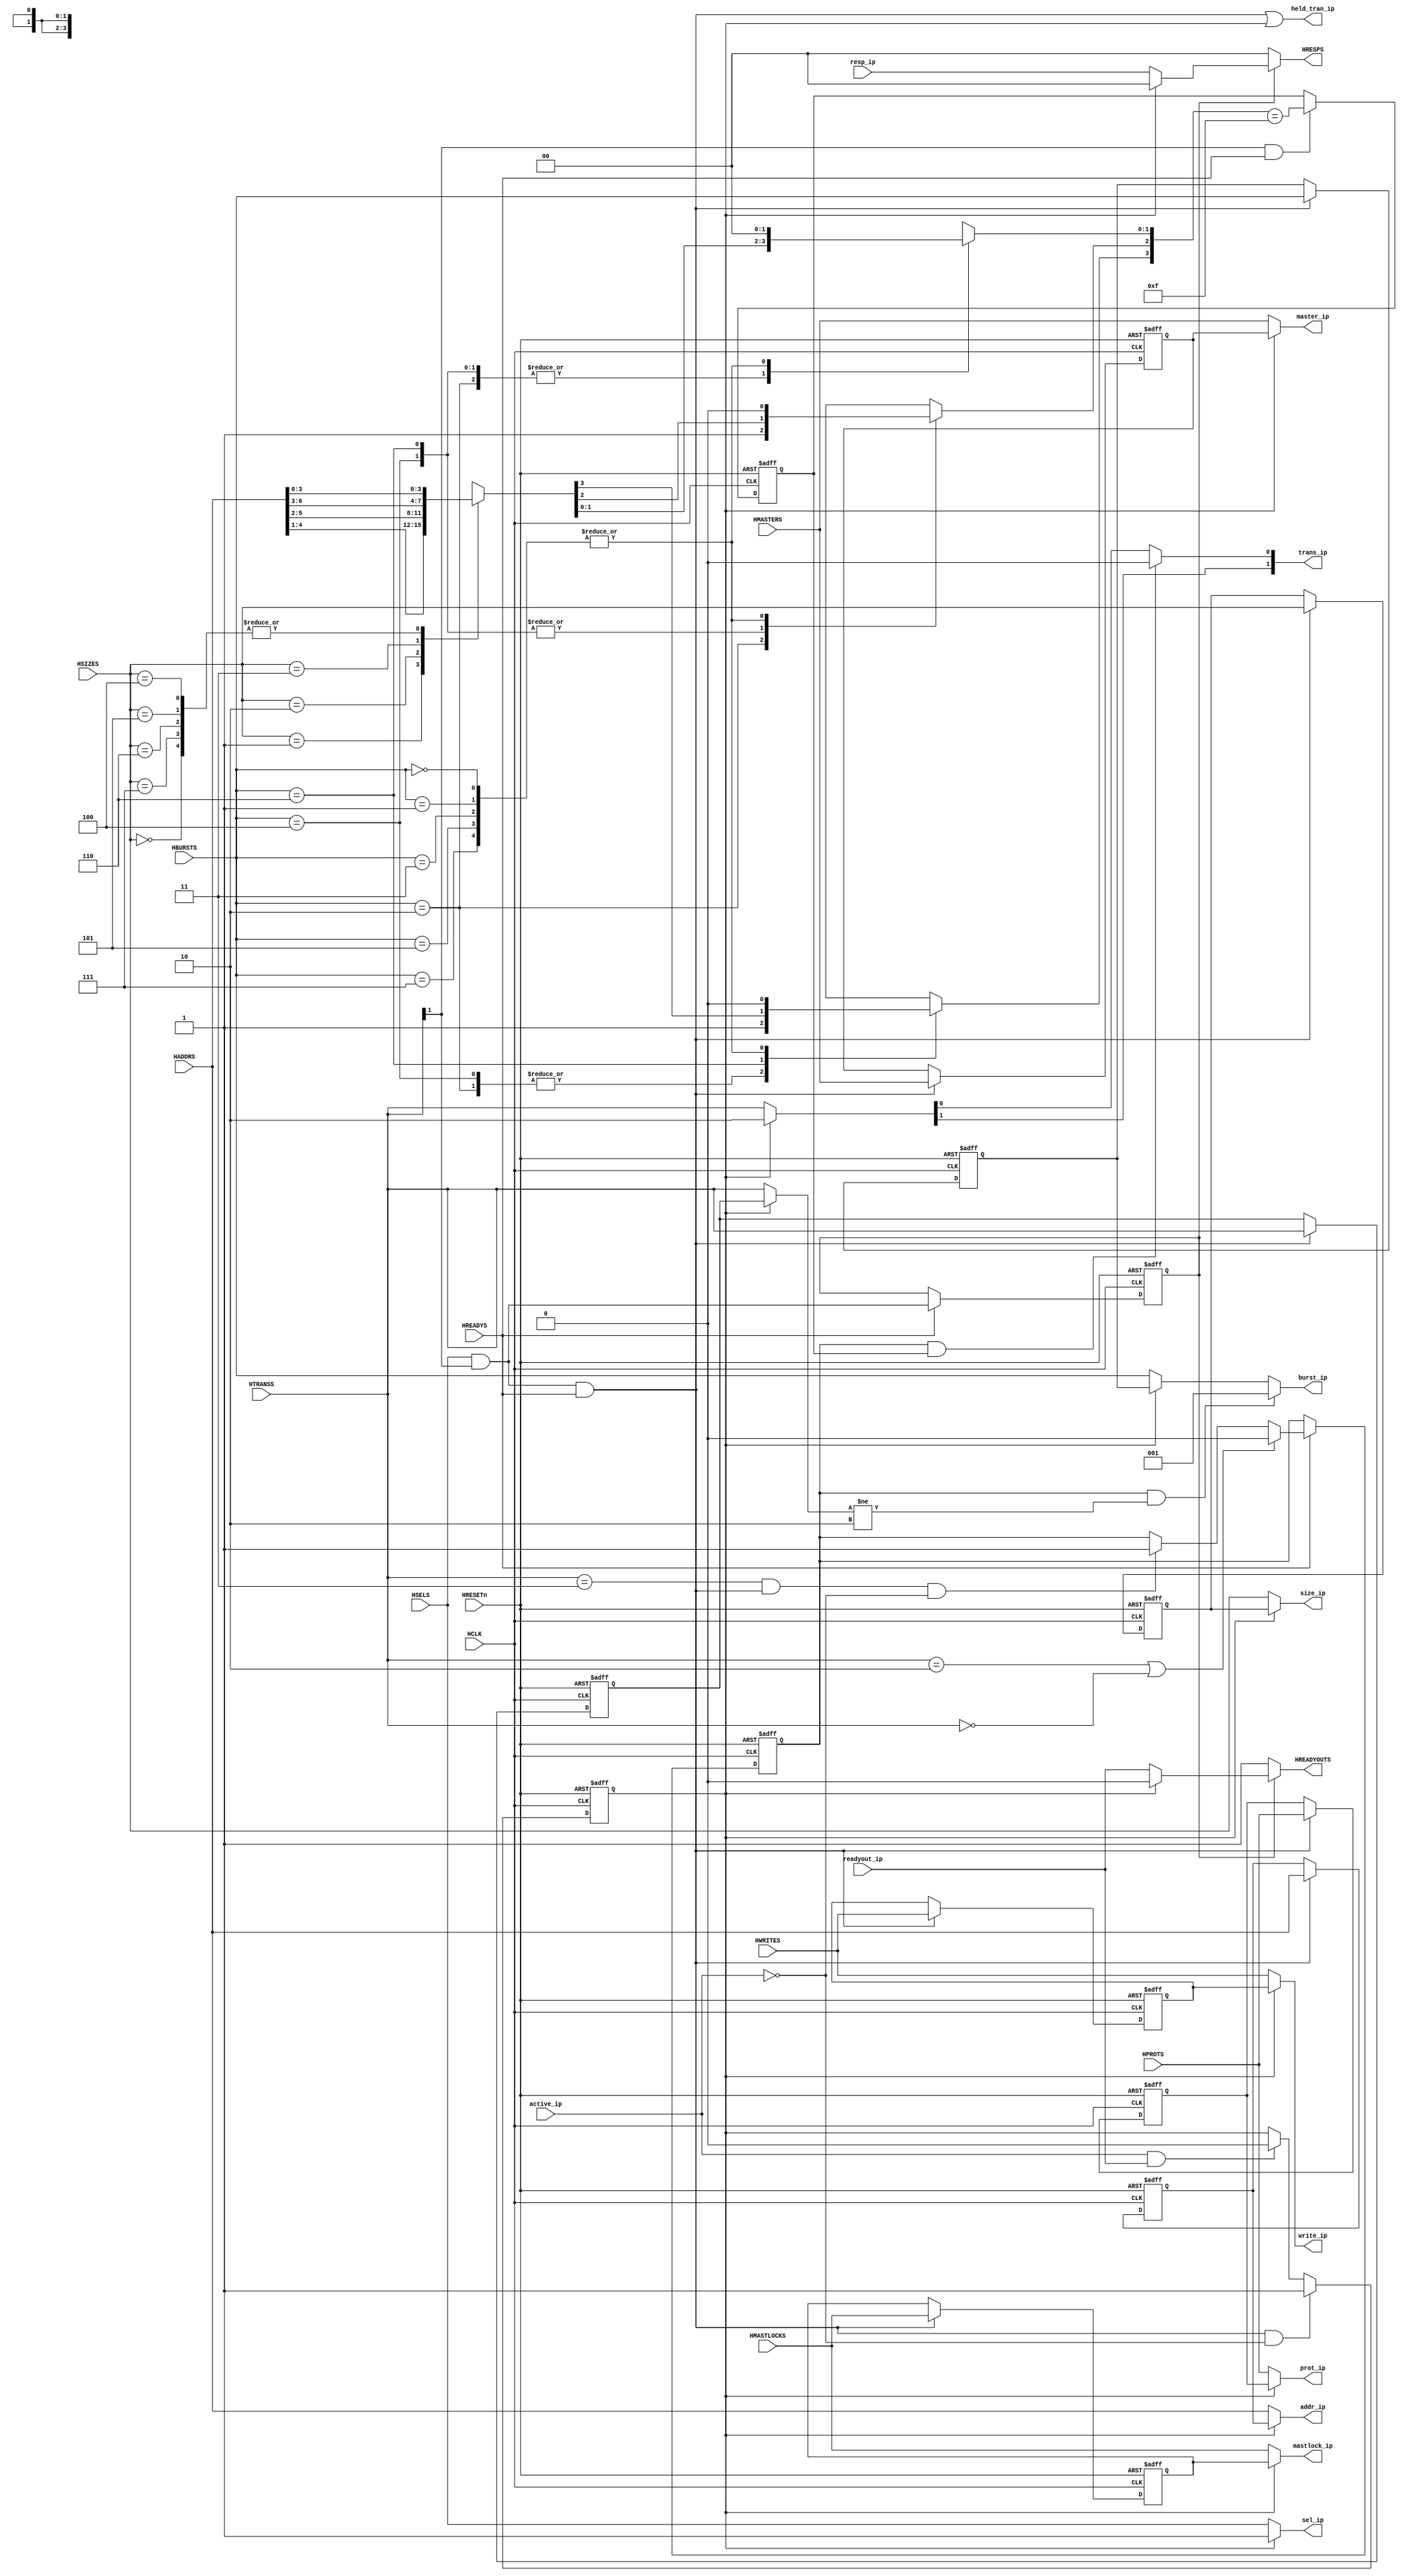
//-----------------------------------------------------------------------------
// The confidential and proprietary information contained in this file may
// only be used by a person authorised under and to the extent permitted
// by a subsisting licensing agreement from ARM Limited.
//
//            (C) COPYRIGHT 2001-2013-2020 ARM Limited.
//                ALL RIGHTS RESERVED
//
// This entire notice must be reproduced on all copies of this file
// and copies of this file may only be made by a person if such person is
// permitted to do so under the terms of a subsisting license agreement
// from ARM Limited.
//
//      SVN Information
//
//      Checked In          : $Date: 2012-10-15 18:01:36 +0100 (Mon, 15 Oct 2012) $
//
//      Revision            : $Revision: 225465 $
//
//      Release Information : Cortex-M System Design Kit-r1p0-01rel0
//
//-----------------------------------------------------------------------------
//
//------------------------------------------------------------------------------
//  Abstract            : The Input Stage is used to hold a pending transfer
//                        when the required output stage is not available.
//
//-----------------------------------------------------------------------------

`timescale 1ns/1ps

module L2AhbInStg (

    // Common AHB signals
    HCLK,
    HRESETn,

    // Input Port Address/Control Signals
    HSELS,
    HADDRS,
    HTRANSS,
    HWRITES,
    HSIZES,
    HBURSTS,
    HPROTS,
    HMASTERS,
    HMASTLOCKS,
    HREADYS,

    // Internal Response
    active_ip,
    readyout_ip,
    resp_ip,

    // Input Port Response
    HREADYOUTS,
    HRESPS,

    // Internal Address/Control Signals
    sel_ip,
    addr_ip,
    trans_ip,
    write_ip,
    size_ip,
    burst_ip,
    prot_ip,
    master_ip,
    mastlock_ip,
    held_tran_ip

    );


// -----------------------------------------------------------------------------
// Input and Output declarations
// -----------------------------------------------------------------------------

    input         HCLK;            // AHB System Clock
    input         HRESETn;         // AHB System Reset
    input         HSELS;           // Slave Select from AHB
    input  [31:0] HADDRS;          // Address bus from AHB
    input   [1:0] HTRANSS;         // Transfer type from AHB
    input         HWRITES;         // Transfer direction from AHB
    input   [2:0] HSIZES;          // Transfer size from AHB
    input   [2:0] HBURSTS;         // Burst type from AHB
    input   [3:0] HPROTS;          // Protection control from AHB
    input   [3:0] HMASTERS;        // Master number from AHB
    input         HMASTLOCKS;      // Locked Sequence  from AHB
    input         HREADYS;         // Transfer done from AHB
    input         active_ip;          // active_ip signal
    input         readyout_ip;        // HREADYOUT input
    input   [1:0] resp_ip;            // HRESP input

    output        HREADYOUTS;      // HREADY feedback to AHB
    output  [1:0] HRESPS;          // Transfer response to AHB
    output        sel_ip;             // HSEL output
    output [31:0] addr_ip;            // HADDR output
    output  [1:0] trans_ip;           // HTRANS output
    output        write_ip;           // HWRITE output
    output  [2:0] size_ip;            // HSIZE output
    output  [2:0] burst_ip;           // HBURST output
    output  [3:0] prot_ip;            // HPROT output
    output [3:0]  master_ip;          // HMASTER output
    output        mastlock_ip;        // HMASTLOCK output
    output        held_tran_ip;        // Holding register active flag


// -----------------------------------------------------------------------------
// Constant declarations
// -----------------------------------------------------------------------------

// HTRANS transfer type signal encoding
`define TRN_IDLE    2'b00     // Idle Transfer
`define TRN_BUSY    2'b01     // Busy Transfer
`define TRN_NONSEQ  2'b10     // Nonsequential transfer
`define TRN_SEQ     2'b11     // Sequential transfer

// HBURST transfer type signal encoding
`define BUR_SINGLE  3'b000    // Single BURST
`define BUR_INCR    3'b001    // Incremental BURSTS
`define BUR_WRAP4   3'b010    // 4-beat wrap
`define BUR_INCR4   3'b011    // 4-beat incr
`define BUR_WRAP8   3'b100    // 8-beat wrap
`define BUR_INCR8   3'b101    // 8-beat incr
`define BUR_WRAP16  3'b110    // 16-beat wrap
`define BUR_INCR16  3'b111    // 16-beat incr

// HRESP signal encoding
`define RSP_OKAY    2'b00      // OKAY response
`define RSP_ERROR   2'b01     // ERROR response
`define RSP_RETRY   2'b10     // RETRY response
`define RSP_SPLIT   2'b11     // SPLIT response


// -----------------------------------------------------------------------------
// Wire declarations
// -----------------------------------------------------------------------------

    wire        HCLK;            // AHB System Clock
    wire        HRESETn;         // AHB System Reset
    wire        HSELS;           // Slave Select from AHB
    wire [31:0] HADDRS;          // Address bus from AHB
    wire  [1:0] HTRANSS;         // Transfer type from AHB
    wire        HWRITES;         // Transfer direction from AHB
    wire  [2:0] HSIZES;          // Transfer size from AHB
    wire  [2:0] HBURSTS;         // Burst type from AHB
    wire  [3:0] HPROTS;          // Protection control from AHB
    wire  [3:0] HMASTERS;        // Master number from AHB
    wire        HMASTLOCKS;      // Locked Sequence  from AHB
    wire        HREADYS;         // Transfer done from AHB
    reg         HREADYOUTS;      // HREADY feedback to AHB
    reg   [1:0] HRESPS;          // Transfer response to AHB
    reg         sel_ip;             // HSEL output
    reg  [31:0] addr_ip;            // HADDR output
    wire  [1:0] trans_ip;           // HTRANS output
    reg         write_ip;           // HWRITE output
    reg   [2:0] size_ip;            // HSIZE output
    wire  [2:0] burst_ip;           // HBURST output
    reg   [3:0] prot_ip;            // HPROT output
    reg   [3:0] master_ip;          // HMASTER output
    reg         mastlock_ip;        // HMASTLOCK output
    wire        held_tran_ip;        // Holding register active flag
    wire        active_ip;          // active_ip signal
    wire        readyout_ip;        // HREADYOUT input
    wire  [1:0] resp_ip;            // HRESP input


// -----------------------------------------------------------------------------
// Signal declarations
// -----------------------------------------------------------------------------

    wire        load_reg;             // Holding register load flag
    wire        pend_tran;            // An active transfer cannot complete
    reg         pend_tran_reg;         // Registered version of pend_tran
    wire        addr_valid;           // Indicates address phase of
                                     // valid transfer
    reg         data_valid;           // Indicates data phase of
                                     // valid transfer
    reg   [1:0] reg_trans;            // Registered HTRANSS
    reg  [31:0] reg_addr;             // Registered HADDRS
    reg         reg_write;            // Registered HWRITES
    reg   [2:0] reg_size;             // Registered HSIZES
    reg   [2:0] reg_burst;            // Registered HBURSTS
    reg   [3:0] reg_prot;             // Registered HPROTS
    reg   [3:0] reg_master;           // Registerd HMASTERS
    reg         reg_mastlock;         // Registered HMASTLOCKS
    reg   [1:0] transb;               // HTRANS output used for burst information
    reg   [1:0] trans_int;            // HTRANS output
    reg   [2:0] burst_int;            // HBURST output
    reg   [3:0] offset_addr;          // Address offset for boundary logic
    reg   [3:0] check_addr;           // Address check for wrapped bursts
    reg         burst_override;       // Registered burst_override_next
    wire        burst_override_next;  // Indicates burst has been over-ridden
    reg         bound;                // Registered version of bound_next
    wire        bound_next;           // Indicates boundary wrapping
    wire        bound_en;             // Clock-enable for bound register


// -----------------------------------------------------------------------------
// Beginning of main code
// -----------------------------------------------------------------------------

// -----------------------------------------------------------------------------
// Holding Registers
// -----------------------------------------------------------------------------
// Each input port has a holding register associated with it and a mux to
//  select between the register and the direct input path. The control of
//  the mux is done simply by selecting the holding register when it is loaded
//  with a pending transfer, otherwise the straight through path is used.

  always @ (negedge HRESETn or posedge HCLK)
    begin : p_holding_reg_seq1
      if (~HRESETn)
        begin
          reg_trans    <= 2'b00;
          reg_addr     <= {32{1'b0}};
          reg_write    <= 1'b0 ;
          reg_size     <= 3'b000;
          reg_burst    <= 3'b000;
          reg_prot     <= {4{1'b0}};
          reg_master   <= 4'b0000;
          reg_mastlock <= 1'b0 ;
        end
      else
        if (load_reg)
          begin
            reg_trans    <= HTRANSS;
            reg_addr     <= HADDRS;
            reg_write    <= HWRITES;
            reg_size     <= HSIZES;
            reg_burst    <= HBURSTS;
            reg_prot     <= HPROTS;
            reg_master   <= HMASTERS;
            reg_mastlock <= HMASTLOCKS;
          end
    end

  // addr_valid indicates the address phase of an active (non-BUSY/IDLE)
  // transfer to this slave port
  assign addr_valid = ( HSELS & HTRANSS[1] );

  // The holding register is loaded whenever there is a transfer on the input
  // port which is validated by active HREADYS
  assign load_reg = ( addr_valid & HREADYS );

  // data_valid register
  // addr_valid indicates the data phase of an active (non-BUSY/IDLE)
  // transfer to this slave port. A valid response (HREADY, HRESP) must be
  // generated
  always @ (negedge HRESETn or posedge HCLK)
    begin : p_data_valid
      if (~HRESETn)
        data_valid <= 1'b0;
      else
       if (HREADYS)
        data_valid  <= addr_valid;
    end

// -----------------------------------------------------------------------------
// Generate HeldTran
// -----------------------------------------------------------------------------
// The HeldTran signal is used to indicate when there is an active transfer
// being presented to the output stage, either passing straight through or from
// the holding register.

  // pend_tran indicates that an active transfer presented to this
  // slave cannot complete immediately.  It is always set after the
  // load_reg signal has been active. When set, it is cleared when the
  // transfer is being driven onto the selected slave (as indicated by
  // active_ip being high) and HREADY from the selected slave is high.
  assign pend_tran = (load_reg & (~active_ip)) ? 1'b1 :
                    (active_ip & readyout_ip) ? 1'b0 : pend_tran_reg;

  // pend_tran_reg indicates that an active transfer was accepted by the input
  // stage,but not by the output stage, and so the holding registers should be
  // used
  always @ (negedge HRESETn or posedge HCLK)
    begin : p_pend_tran_reg
      if (~HRESETn)
        pend_tran_reg <= 1'b0;
      else
        pend_tran_reg <= pend_tran;
    end

  // held_tran_ip indicates an active transfer, and is held whilst that transfer is
  // in the holding registers.  It passes to the output stage where it acts as
  // a request line to the arbitration scheme
  assign  held_tran_ip  = (load_reg | pend_tran_reg);

  // The output from this stage is selected from the holding register when
  //  there is a held transfer. Otherwise the direct path is used.

  always @ ( pend_tran_reg or HSELS or HTRANSS or HADDRS or HWRITES or
             HSIZES or HBURSTS or HPROTS or HMASTERS or HMASTLOCKS or
             reg_addr or reg_write or reg_size or reg_burst or reg_prot or
             reg_master or reg_mastlock
           )
    begin : p_mux_comb
      if (~pend_tran_reg)
        begin
          sel_ip      = HSELS;
          trans_int   = HTRANSS;
          addr_ip     = HADDRS;
          write_ip    = HWRITES;
          size_ip     = HSIZES;
          burst_int   = HBURSTS;
          prot_ip     = HPROTS;
          master_ip   = HMASTERS;
          mastlock_ip = HMASTLOCKS;
        end
      else
        begin
          sel_ip      = 1'b1;
          trans_int   = `TRN_NONSEQ;
          addr_ip     = reg_addr;
          write_ip    = reg_write;
          size_ip     = reg_size;
          burst_int   = reg_burst;
          prot_ip     = reg_prot;
          master_ip   = reg_master;
          mastlock_ip = reg_mastlock;
        end
    end

  // The transb output is used to select the correct Burst value when completing
  // an interrupted defined-lenght burst.

  always @ (pend_tran_reg or HTRANSS or reg_trans)
    begin : p_transb_comb
      if (~pend_tran_reg)
        transb = HTRANSS;
      else
        transb = reg_trans;
    end // block: p_transb_comb


  // Convert SEQ->NONSEQ and BUSY->IDLE when an address boundary is crossed
  // whilst the burst type is being over-ridden, i.e. when completing an
  // interrupted wrapping burst.
  assign trans_ip = (burst_override & bound) ? {trans_int[1], 1'b0}
               : trans_int;

  assign burst_ip = (burst_override & (transb != `TRN_NONSEQ)) ? `BUR_INCR
               : burst_int;

// -----------------------------------------------------------------------------
// HREADYOUT Generation
// -----------------------------------------------------------------------------
// There are three possible sources for the HREADYOUT signal.
//  - It is driven LOW when there is a held transfer.
//  - It is driven HIGH when not Selected or for Idle/Busy transfers.
//  - At all other times it is driven from the appropriate shared
//    slave.

  always @ (data_valid or pend_tran_reg or readyout_ip or resp_ip)
    begin : p_ready_comb
      if (~data_valid)
        begin
          HREADYOUTS = 1'b1;
          HRESPS     = `RSP_OKAY;
        end
      else if (pend_tran_reg)
        begin
          HREADYOUTS = 1'b0;
          HRESPS     = `RSP_OKAY;
        end
      else
        begin
          HREADYOUTS = readyout_ip;
          HRESPS     = resp_ip;
        end
    end // block: p_ready_comb

// -----------------------------------------------------------------------------
// Early Burst Termination
// -----------------------------------------------------------------------------
// There are times when the output stage will switch to another input port
//  without allowing the current burst to complete. In these cases the HTRANS
//  and HBURST signals need to be overriden to ensure that the transfers
//  reaching the output port meet the AHB specification.

  assign burst_override_next  = ( (HTRANSS == `TRN_NONSEQ) |
                                (HTRANSS == `TRN_IDLE) ) ? 1'b0
                              : ( (HTRANSS ==`TRN_SEQ) &
                                   load_reg &
                                   (~active_ip) ) ? 1'b1
                                  : burst_override;

  // burst_override register
  always @ (negedge HRESETn or posedge HCLK)
    begin : p_burst_overrideseq
      if (~HRESETn)
        burst_override <= 1'b0;
      else
        if (HREADYS)
          burst_override <= burst_override_next;
    end // block: p_burst_overrideseq

// -----------------------------------------------------------------------------
// Boundary Checking Logic
// -----------------------------------------------------------------------------
  // offset_addr
  always @ (HADDRS or HSIZES)
    begin : p_offset_addr_comb
      case (HSIZES)
        3'b000 : offset_addr = HADDRS[3:0];
        3'b001 : offset_addr = HADDRS[4:1];
        3'b010 : offset_addr = HADDRS[5:2];
        3'b011 : offset_addr = HADDRS[6:3];

        3'b100, 3'b101, 3'b110, 3'b111 :
          offset_addr = HADDRS[3:0];      // Sizes >= 128-bits are not supported

        default : offset_addr = 4'bxxxx;
      endcase
    end

  // check_addr
  always @ (offset_addr or HBURSTS)
    begin : p_check_addr_comb
      case (HBURSTS)
        `BUR_WRAP4 : begin
          check_addr[1:0] = offset_addr[1:0];
          check_addr[3:2] = 2'b11;
        end

        `BUR_WRAP8 : begin
          check_addr[2:0] = offset_addr[2:0];
          check_addr[3]   = 1'b1;
        end

        `BUR_WRAP16 :
          check_addr[3:0] = offset_addr[3:0];

        `BUR_SINGLE, `BUR_INCR, `BUR_INCR4, `BUR_INCR8, `BUR_INCR16 :
          check_addr[3:0] = 4'b0000;

        default : check_addr[3:0] = 4'bxxxx;
      endcase
    end

  assign bound_next = ( check_addr == 4'b1111 );

  assign bound_en = ( HTRANSS[1] & HREADYS );

  // bound register
  always @ (negedge HRESETn or posedge HCLK)
    begin : p_bound_seq
      if (~HRESETn)
        bound <= 1'b0;
      else
        if (bound_en)
          bound <= bound_next;
    end


endmodule

// --================================= End ===================================--